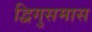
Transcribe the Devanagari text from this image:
द्विगुसमास